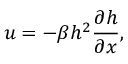
u = - \beta h ^ { 2 } \frac { \partial h } { \partial x } ,